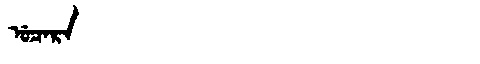
Manchu: ᡠᠴᠠᡵᠠ
Romanization: UCARA